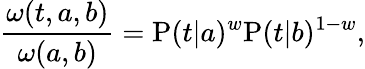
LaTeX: \frac{\omega(t,a,b)}{\omega(a,b)}=\mathrm{P}(t|a)^{w}\mathrm{P}(t|b)^{1-w},